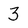
Character: 3